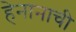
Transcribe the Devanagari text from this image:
हेनानाची